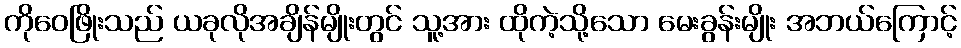
ကိုဝေဖြိုးသည် ယခုလိုအချိန်မျိုးတွင် သူ့အား ထိုကဲ့သို့သော မေးခွန်းမျိုး အဘယ်ကြောင့်